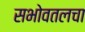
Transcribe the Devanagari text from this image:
सभोवतलचा